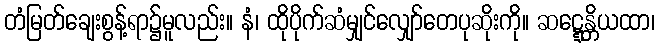
တံမြတ်ချေးစွန့်ရာ၌မူလည်း။ နံ၊ ထိုပိုက်ဆံမျှင်လျှော်တေပုဆိုးကို။ ဆဋ္ဋေန္တိယထာ၊